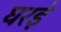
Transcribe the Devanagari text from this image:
घरड़े